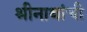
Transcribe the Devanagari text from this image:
श्रीनाथांची